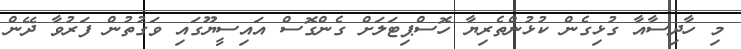
މި ހާދިސާއާ ގުޅިގެން ކުޅުންތެރިޔާ ހޮސްޕިޓަލަށް ގެންގޮސް އައިސީޔޫގައި ވަގުތުން ފަރުވާ ދޭން